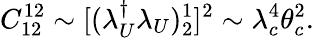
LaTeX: C_{12}^{12}\sim[(\lambda_{U}^{\dagger}\lambda_{U})_{2}^{1}]^{2}\sim\lambda_{c}^{4}\theta_{c}^{2}.